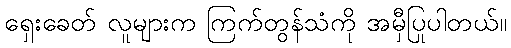
ရှေးခေတ် လူများက ကြက်တွန်သံကို အမှီပြုပါတယ်။